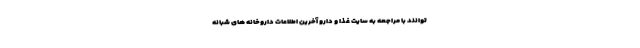
توانند با مراجعه به سایت غذا و دارو آخرین اطلاعات داروخانه های شبانه